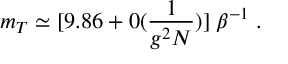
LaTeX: m _ { T } \simeq [ 9 . 8 6 + 0 ( \frac { 1 } { g ^ { 2 } N } ) ] \; \beta ^ { - 1 } \; .